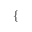
\mathopen { } \mathclose \bgroup \left\{ \begin{array} { r l } \end{array} \aftergroup \egroup \right.